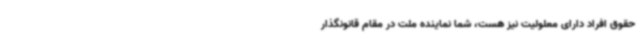
حقوق افراد دارای معلولیت نیز هست، شما نماینده ملت در مقام قانونگذار